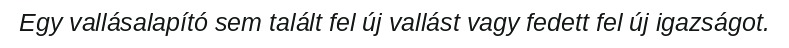
Egy vallásalapító sem talált fel új vallást vagy fedett fel új igazságot.